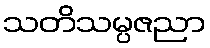
သတိသမ္ပဇညာ